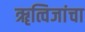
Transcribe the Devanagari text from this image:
ॠत्विजांचा